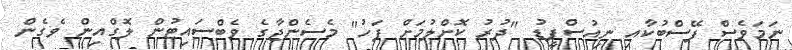
ނަމަވެސް ފޭސްބުކާއި ނިއުސްފީޑު "ދުރު ކޮށްލުމަށް ފަހު" މެސެންޖާގެ ވެބްސައިޓުން ލޮގްއިން ވެގެން